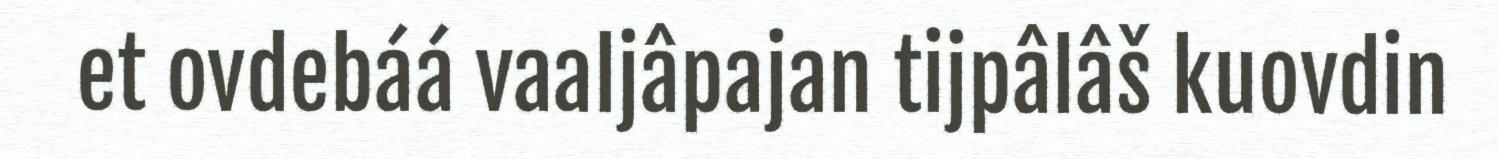
et ovdebáá vaaljâpajan tijpâlâš kuovdin